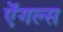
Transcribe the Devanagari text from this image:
ऎंगल्स